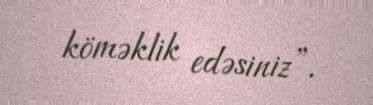
köməklik edəsiniz”.